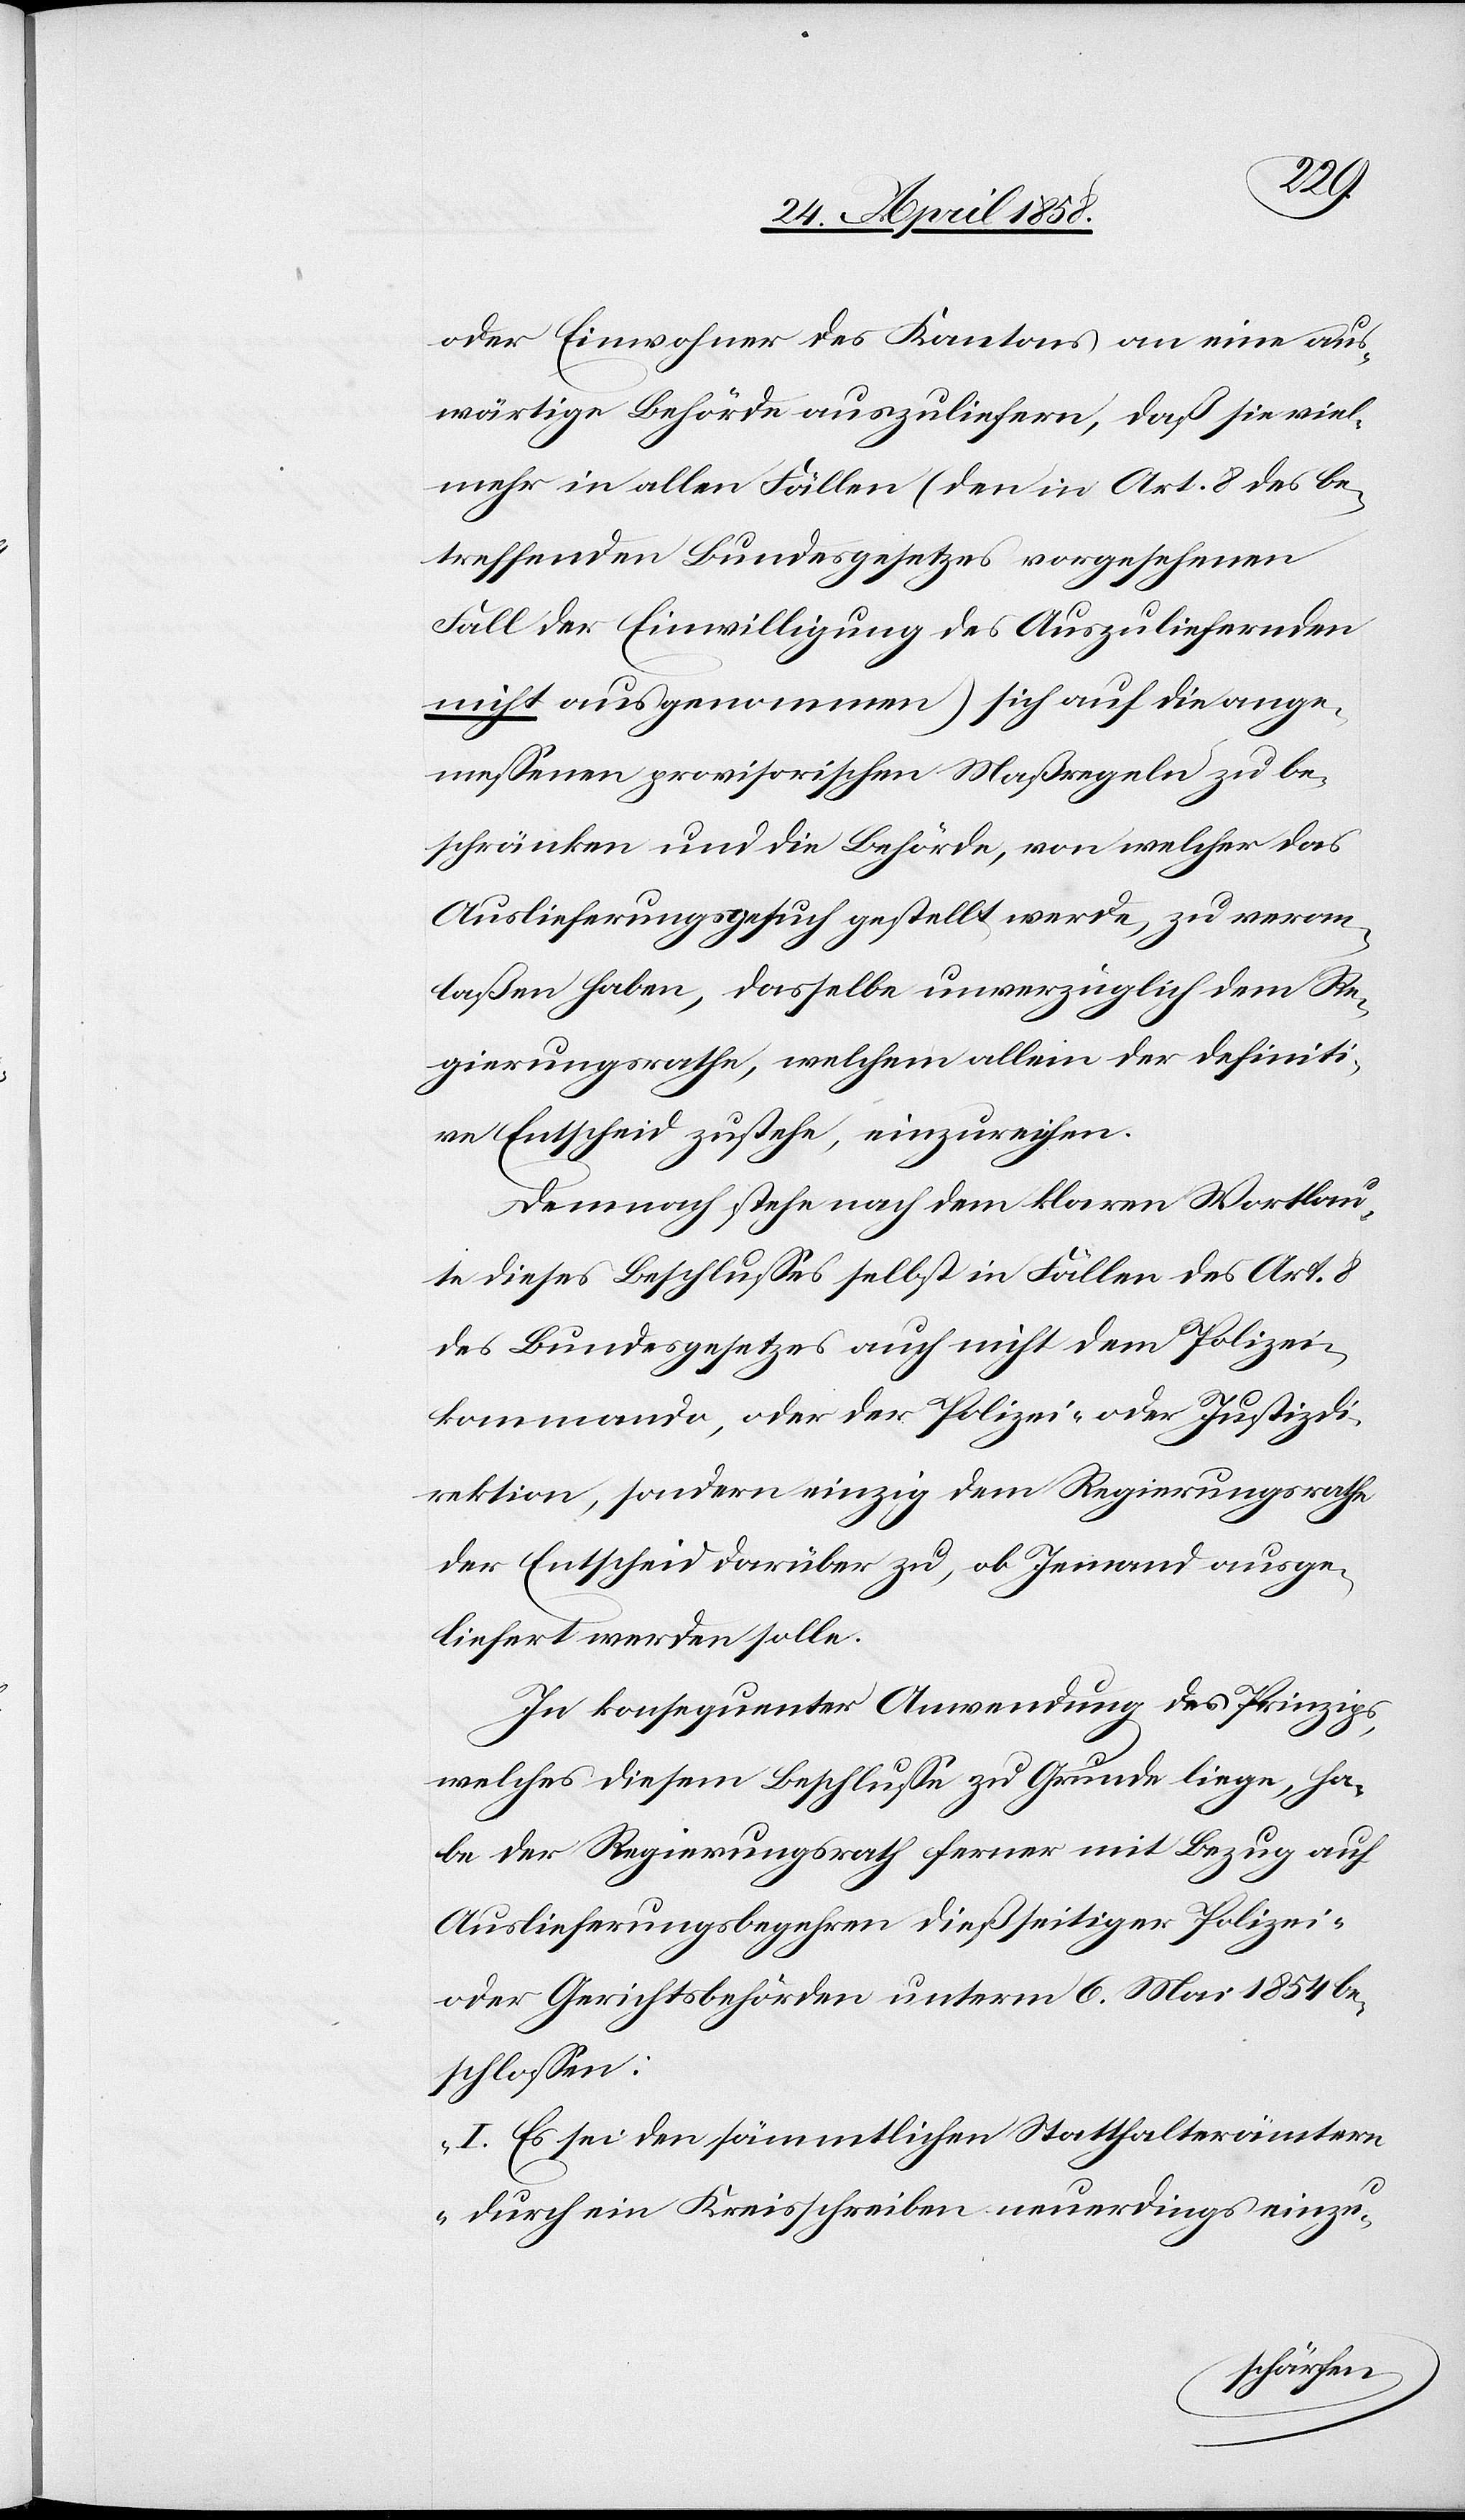
oder Einwohner des Kantons an eine aus¬
wärtige Behörde auszuliefern, daß sie viel¬
mehr in allen Fällen (den in Art. 8 des be¬
treffenden Bundesgesetzes vorgesehenen
Fall der Einwilligung des Auszuliefernden
nicht ausgenommen) sich auf die ange¬
messenen provisorischen Maßregeln zu be¬
schränken und die Behörde, von welcher das
Auslieferungsgesuch gestellt werde, zu veran¬
laßen haben, dasselbe unverzüglich dem Re¬
gierungsrathe, welchem allein der definiti¬
ve Entscheid zustehe, einzureichen.
Demnach stehe nach dem klaren Wortlau¬
te dieses Beschlusses selbst in Fällen des Art. 8
des Bundesgesetzes auch nicht dem Polizei¬
kommando, oder der Polizei- oder Justizdi¬
rektion, sondern einzig dem Regierungsrathe
der Entscheid darüber zu, ob Jemand ausge¬
liefert werden solle.
In konsequenter Anwendung des Prinzips,
welches diesem Beschlusse zu Grunde liege, ha¬
be der Regierungsrath ferner mit Bezug auf
Auslieferungsbegehren dießseitiger Polizei-
oder Gerichtsbehörden unterm 6. Mai 1854 be¬
schlossen:
„I. Es sei den sämmtlichen Statthalterämtern
durch ein Kreisschreiben neuerdings einzu-